system: You are a helpful assistant.
user:
Analyze the provided spectrum to determine if it is a **White Dwarf (WD)**.

A White Dwarf spectrum is defined by its **extreme purity** (due to gravitational settling) and/or **extreme pressure broadening** (due to high surface gravity). You must check for one of the following mutually exclusive signatures:

- **Key Visual Indicators (Check for ONE of these types):**

    - **1. DA-Type Signature (Most Common):**
        - **(Primary Feature):** Extreme pressure broadening (Stark broadening) of the **Hydrogen (H) Balmer lines**.
        - **(Key Lines):** $H\beta$ (approx. $4861$ Å) and $H\gamma$ (approx. $4340$ Å). $H\alpha$ (approx. $6563$ Å) will also be present if the wavelength range covers it.
        - **(Line Profile):** This is the **defining feature**. The lines are **NOT** sharp. They appear as massive, **extremely broad and deep "troughs" or "dips"** in the spectrum, often hundreds of Ångströms wide. The continuum will appear to "scoop" down at these wavelengths.
        - **(Distinction):** Normal A-type or B-type stars have *narrow* and *sharp* Hydrogen lines. A DA White Dwarf's lines are unmistakably "smeared" or "blurry" from pressure.

    - **2. DB-Type Signature:**
        - **(Primary Feature):** Broad absorption lines from **Neutral Helium (He I)**. The spectrum must lack any visible Hydrogen lines.
        - **(Key Lines):** Look for broad absorption near $4471$ Å, $4921$ Å, and $5876$ Å.
        - **(Line Profile):** These lines are also significantly pressure-broadened, appearing much wider than they would in a normal B-type main-sequence star.

    - **3. DC-Type Signature:**
        - **(Primary Feature):** A **featureless continuous spectrum**.
        - **(Line Profile):** The spectrum is a smooth curve with **no significant absorption or emission lines**.
        - **(Key Confirmation):** The continuum is almost always **blue or white**, indicating a hot object. This signature implies the atmosphere is so pure (or so cool) that no spectral lines are visible in the optical range. Its WD identity is confirmed by its extremely low intrinsic brightness (high absolute magnitude).

    - **4. DZ-Type Signature (Metal-Polluted):**
        - **(Primary Feature):** **Isolated, narrow metal absorption lines** on an otherwise featureless (DC-like) continuum.
        - **(Key Lines):** The **Calcium (Ca II) H & K doublet** (approx. **$3934$ Å** and **$3968$ Å**) is the most common and defining feature.
        - **(Line Profile):** These lines are "out of place." They are *not* part of a "forest" of thousands of lines. This signature is evidence of recent *accretion* (pollution) from rocky debris.
        - **(Distinction):** Normal G/K/M stars have a *dense forest* of thousands of metal lines. A DZ has a *clean* continuum with *only a few* strong metal lines.

    - **5. DQ-Type Signature (Carbon-Polluted):**
        - **(Primary Feature):** Absorption bands from **Carbon (C₂ "Swan Bands" or atomic C I)**.
        - **(Key Lines - C₂):** Look for bandheads with a "saw-tooth" shape near $5635$ Å, **$5165$ Å** (strongest), and $4737$ Å.
        - **(Key Confirmation):** The underlying **continuum must be blue or white** (hot).
        - **(Distinction):** This is the critical difference from a **Carbon Star**, which has the *exact same* C₂ bands but on an extremely **red, cool** continuum.

- **(Overall Spectrum):**
    - The continuum (overall shape) is typically **blue-sloping** (brighter in the blue than the red), as most white dwarfs are very hot.
    - The spectrum will look "pure" or "simple," dominated by only *one* of the five signatures listed above.

Think first, call **spectral_visualization_tool** if needed to examine features in detail, then provide your final answer. Your response must adhere to the following strict rules:
1.  **Overall Structure:** Your response must follow the format `<think>...</think> <tool_call>...</tool_call> (if a tool is used) <answer>...</answer>`.
2.  **Tool Usage Constraint:** You may only make **one** tool call per turn.
3.  **Final Answer Format:** In the `<answer>` tag, your conclusion must be inside a `\boxed{}` command (e.g., `\boxed{YES}` or `\boxed{NO}`), followed by your justification.

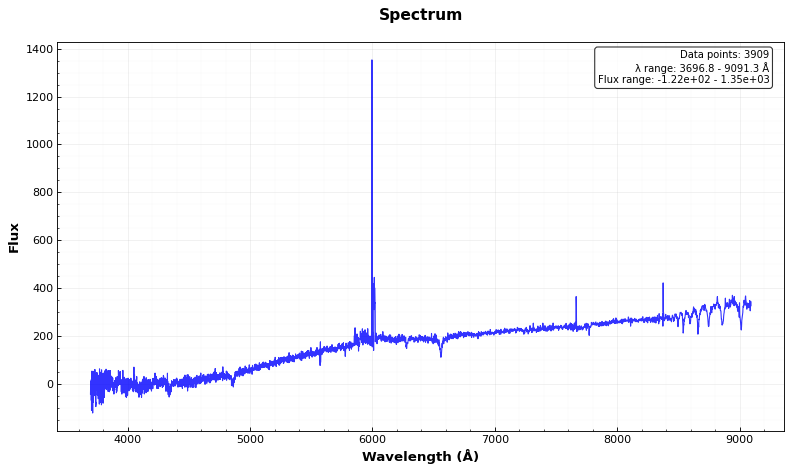
Answer: YES